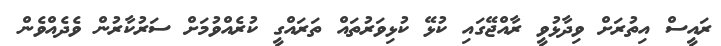
ރައީސް އިތުރަށް ވިދާޅުވީ ރާއްޖޭގައި ކުޅޭ ކުޅިވަރުތައް ތަރައްގީ ކުރެއްވުމަށް ސަރުކާރުން ވެދެއްވެން